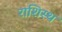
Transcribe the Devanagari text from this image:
राशिस्थ